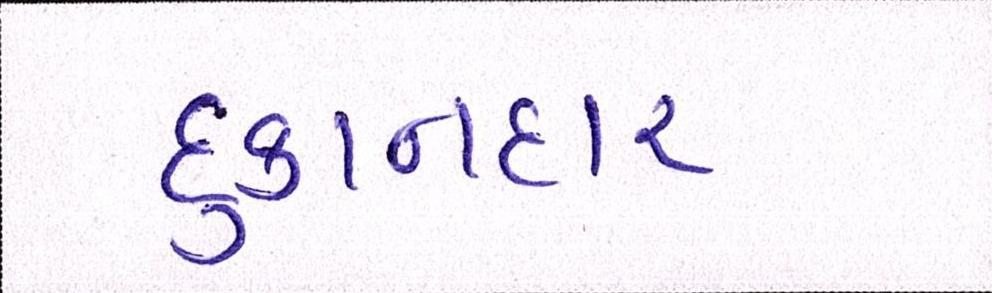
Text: દુકાનદાર